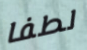
لطفا